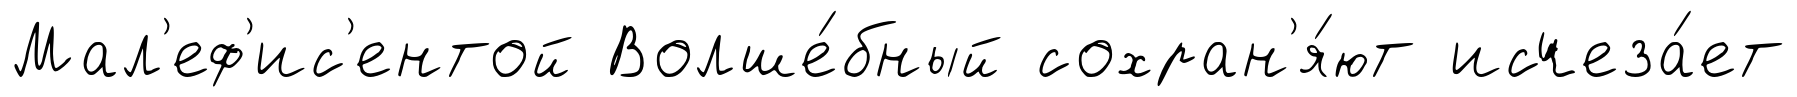
Мал'еф'ис'ентой Волше́бный сохран'я́ют исчеза́ет